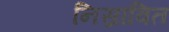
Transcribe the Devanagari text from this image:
निस्रावित